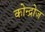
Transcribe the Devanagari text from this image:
कोन्द्रोज